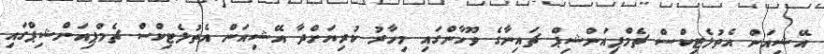
އޭޝިއަން އެތުލެޓިކްސް ޗެމްޕިއަންޝިޕް ޗައިނާގެ ވޫހާންގައި މިހާރު ކުރިޔަށްދާ އޭޝިއަން އެތުލެޓިކްސް ޗެމްޕިއަންޝިޕްގައި